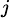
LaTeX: _j